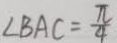
\angle B A C = \frac { \pi } { 4 }